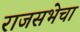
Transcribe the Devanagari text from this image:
राजसभेचा